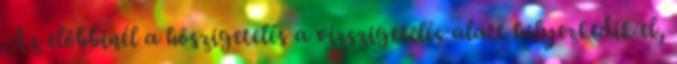
Az előbbinél a hőszigetelés a vízszigetelés alatt helyezkedik el,